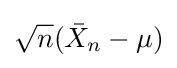
{\sqrt {n}}({\bar {X}}_{n}-\mu )